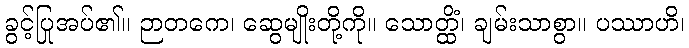
ခွင့်ပြုအပ်၏။ ဉာတကေ၊ ဆွေမျိုးတို့ကို။ သောတ္ထိံ၊ ချမ်းသာစွာ။ ပဿာဟိ၊